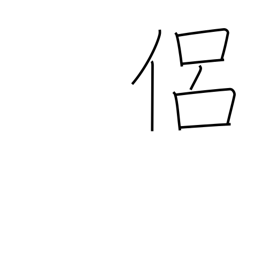
Meaning: follower